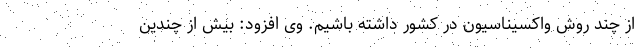
از چند روش واکسیناسیون در کشور داشته باشیم. وی افزود: بیش از چندین